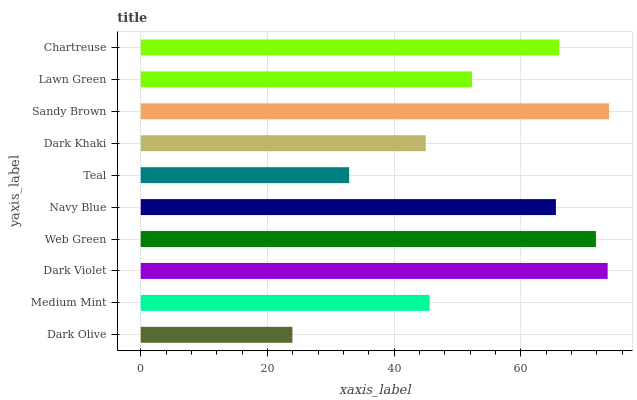
| yaxis_label | bars |
 | --- | --- |
 | Dark Olive | 24 |
 | Medium Mint | 45.6 |
 | Dark Violet | 73.7 |
 | Web Green | 71.9 |
 | Navy Blue | 65.6 |
 | Teal | 32.9 |
 | Dark Khaki | 45 |
 | Sandy Brown | 74 |
 | Lawn Green | 52.3 |
 | Chartreuse | 66.1 |